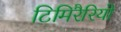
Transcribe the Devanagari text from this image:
टिमिरैरियो